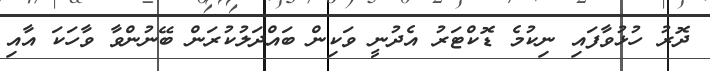
ދޮރު ހުޅުވާފައި ނިކުމެ ޑޮކްޓަރު އެދުނީ ވަކިން ބައްދަލުކުރަން ބޭނުންވާ ވާހަކަ އާއި